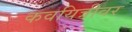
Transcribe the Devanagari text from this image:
कवयित्रीवर